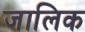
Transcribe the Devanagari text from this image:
जालिक